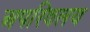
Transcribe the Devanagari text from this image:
अपरिवलय